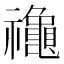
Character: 𮂪